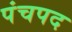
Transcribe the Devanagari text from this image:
पंचपद